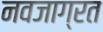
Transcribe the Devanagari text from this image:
नवजाग्रत